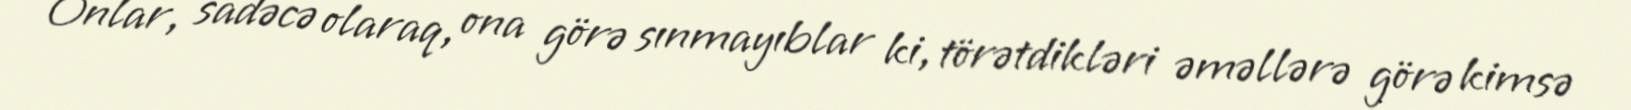
Onlar, sadəcə olaraq, ona görə sınmayıblar ki, törətdikləri əməllərə görə kimsə